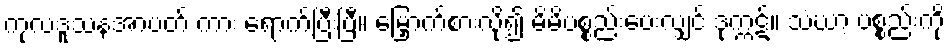
ကုလဒူသနအာပတ် ကား ရောက်ပြီးပြီ။ မြှောက်စားလို၍ မိမိပစ္စည်းပေးလျှင် ဒုက္ကဋ်။ သံဃာ့ ပစ္စည်းကို